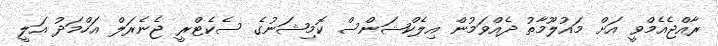
ރާއްޖެއެމްވީ އަށް މައުލޫމާތު ދެއްވަމުން އިލެކްޝަންސް ކޮމިޝަނުގެ ސެކެޓްރީ ޖެނެރަލް އަހްމަދު އަލީ